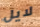
لايل